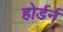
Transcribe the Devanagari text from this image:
होर्डर्न